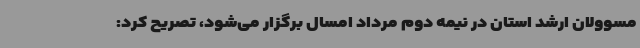
مسوولان ارشد استان در نیمه دوم مرداد امسال برگزار می‌شود، تصریح کرد: